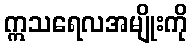
ဣသရေလအမျိုးကို